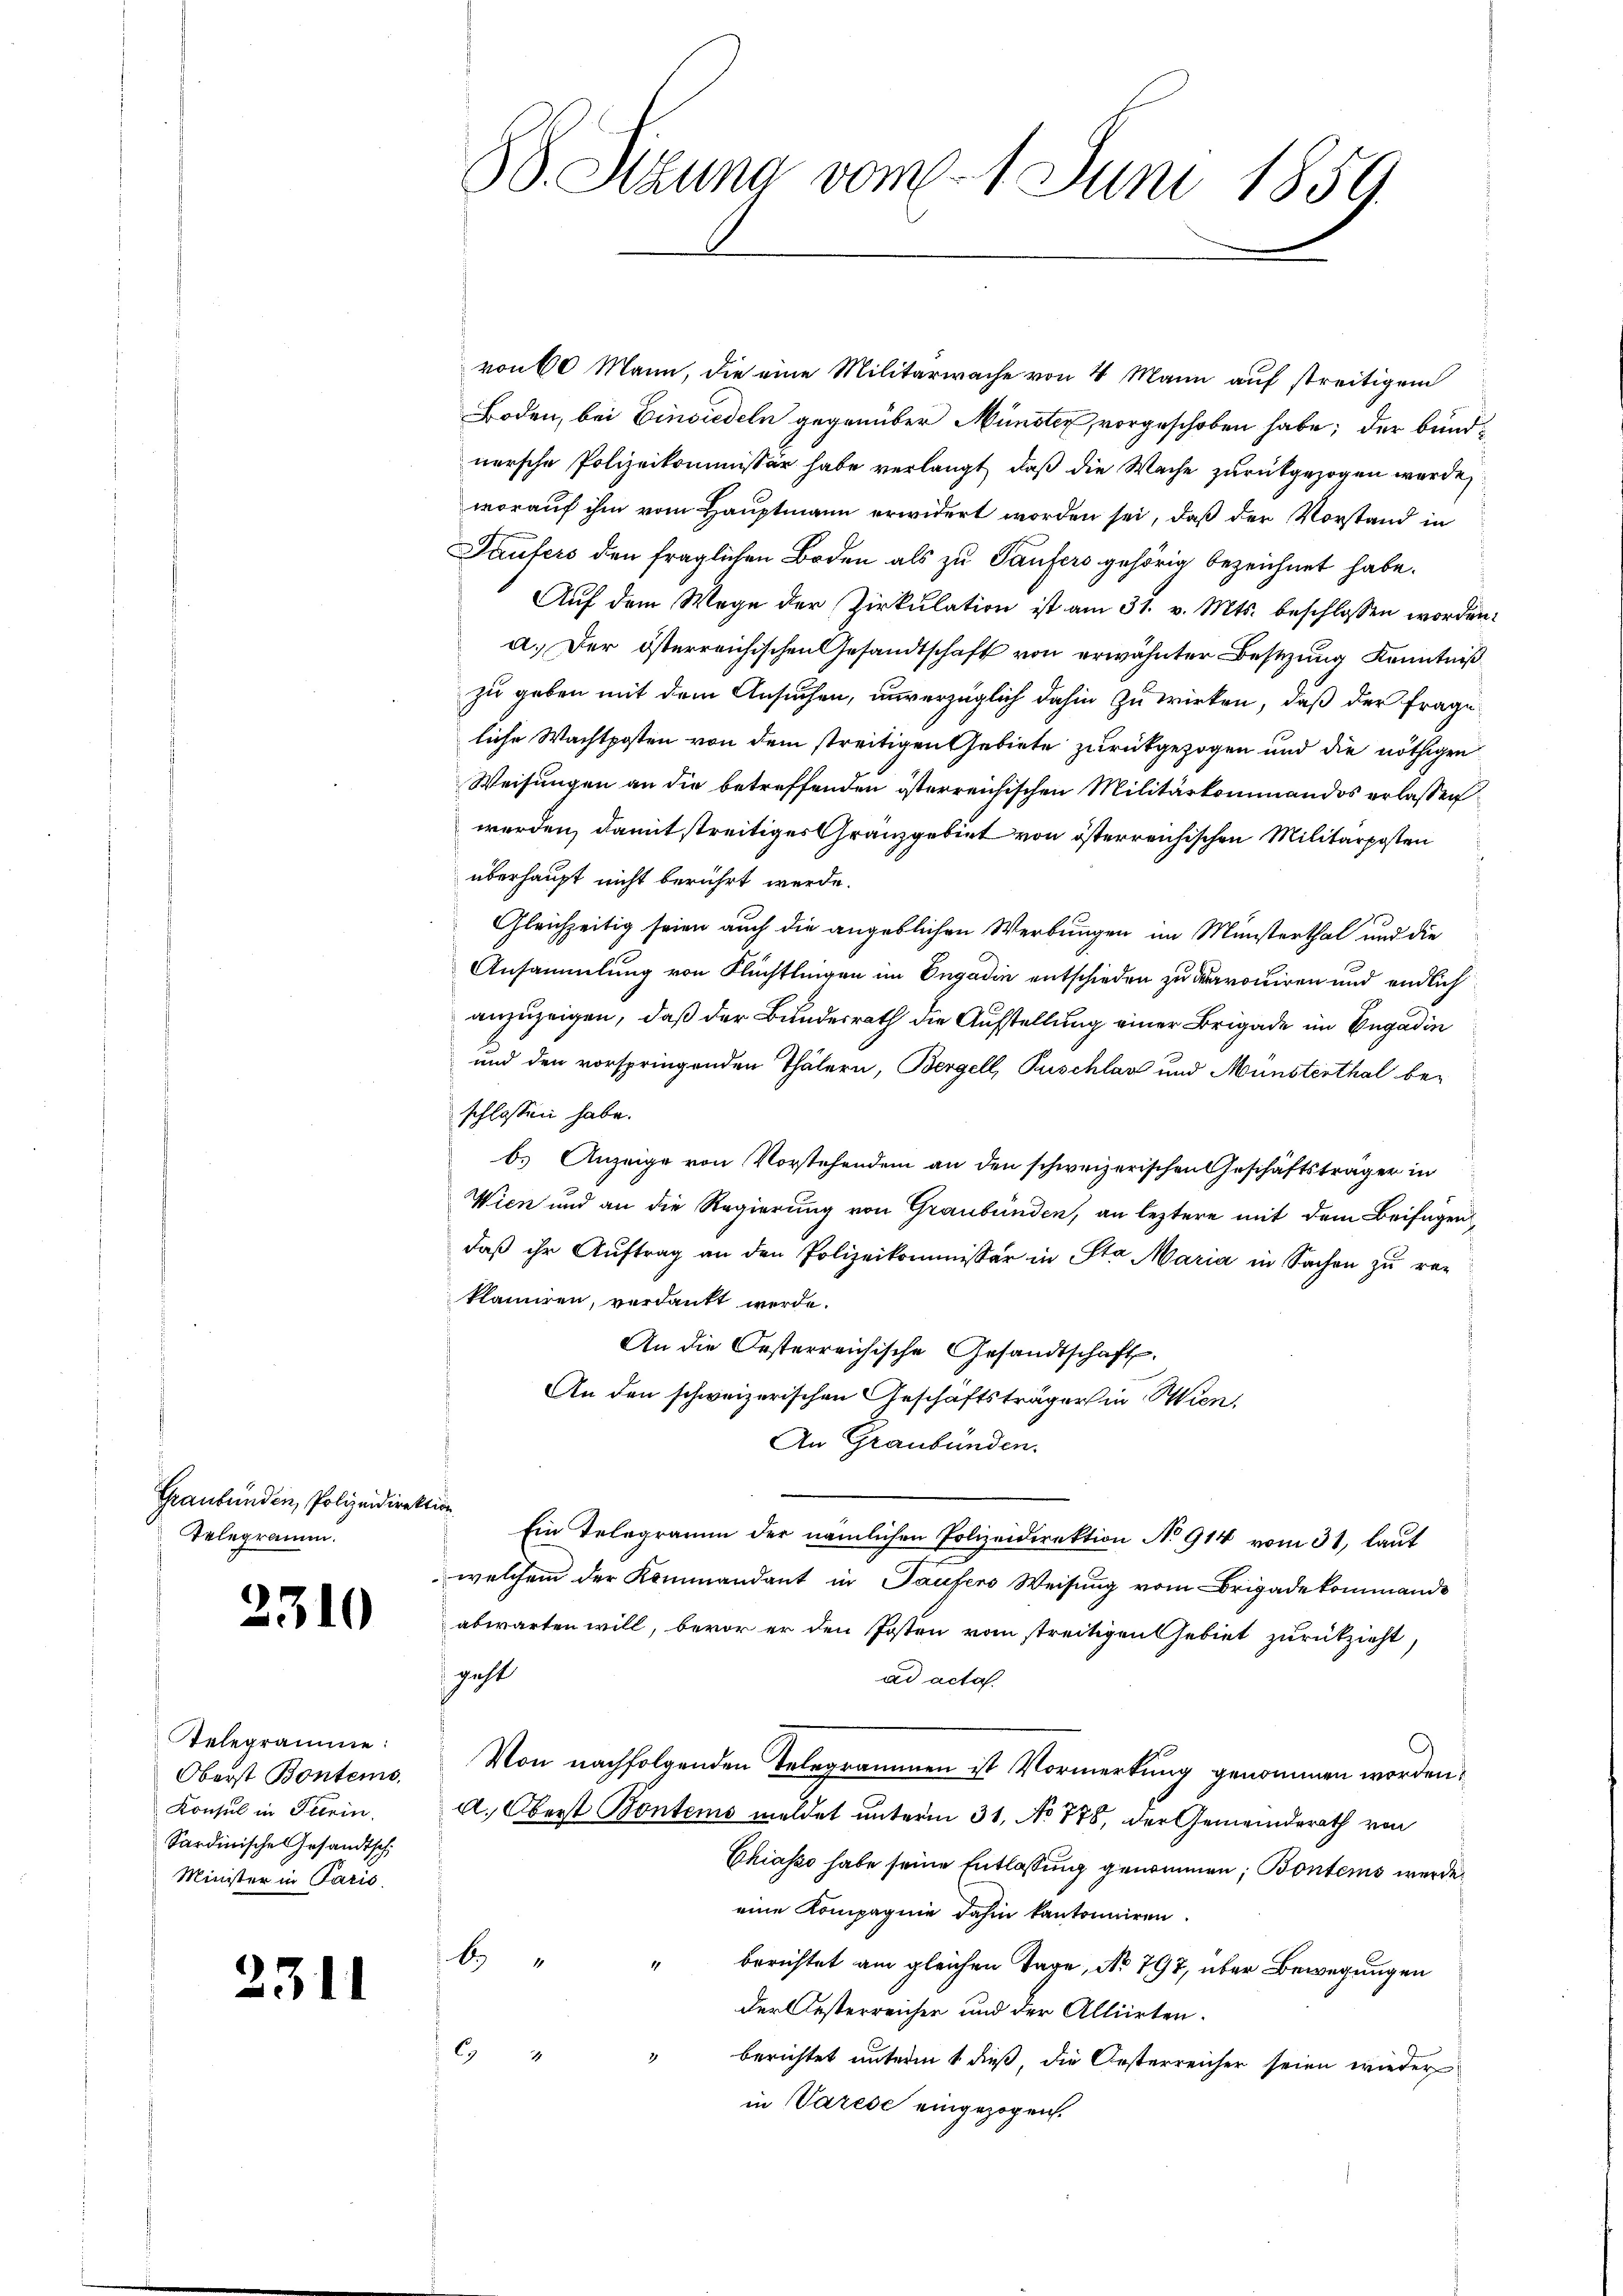
Graubünden, Polizeidirektion
Telegramm.

¬

2310

Relegramme
Oberst Bonteme
Konsul in Turin
Sardinische Gesandtschi
Minister in Paris.

131

88. Sizung vom 1. Juni 1859.

von 60 Mann, die eine Militärwache von 4 Mann auf streitigem
Boden, bei Einsiedeln gegenüber Münster, vorgeschoben habe; der bundnersche Polizeikommissär habe verlangt, daß die Wache zurückgezogen wurde,
worauf ihm vom Hauptmann erwidert worden sei, daß der Vorstand in
Taufers den fraglichen Boden als zu Taufers gehörig bezeichnet habe.
Auf dem Wege der Zirkulation ist am 31. v. Mts. beschlossen worden.
a. Der österreichischen Gesandtschaft von erwähnter Bestzung Kenntniß
zu geben mit dem Ansuchen, unverzüglich dahin zu wirken, daß der Frage
liche Wachtposten von dem streitigen Gebiete zurückgezogen und die nöthigen
Weisungen an die betreffenden österreichischen Militärkominandos erlassen
werden, damit streitiges Granzgebiet von österreichischen Militärposten
überhaupt nicht berührt werde.
Gleichzeitig seien auch die angeblichen Werbungen im Münsterthal und die
Ansammlung von Flüchtlingen im Engadin entschieden zu dravociren und endlich
anzuzeigen, daß der Bundesrath die Aufstellung einer Brigade im Engadin
und den vorspringenden Thälern, Bergell, Puschlag und Münsterthal beschlossen habe.
b.) Anzeige von Vorstehendem an den schweizerischen Geschäftsträger in
Wien und an die Regierung von Graubünden, an leztere mit dem Beifügen
daβ ihr Aŭftrag an den Polizeikommissär in Sta Maria in Sachen zu re-
klamiren, verdankt werde.
An die Oesterreichische Gesandtschaft
An den schweizerischen Anschaftsträgers in Wien,
An Graubünden.
Ein Telegramm der nämlichen Polizeidirektion No 914 vom 31. laut
welchem der Kommandant in Taufers Weisung vom Brigadekommando
abwarten will, bevor er den Posten vom streitigen Gebiet zurückzieht,
geht
ad acta
Von nachfolgenden Telegrammen ist Vormerkung genommen worden.
d. Oberst Kontens meldet unterm 31. No 778, der Gemeindesrath von
Chiasso habe seine Entlassung genommen, Bontems werde
eine Kompagnie dahin kantonniren.
b
" berichtet am gleichen Tage, No 797, über Bewegungen
der Oesterreicher und der Alliirten.
C.
1
berichtet unterm 1 dieß, die Oesterreicher seien wieder
in Varese eingezogen.